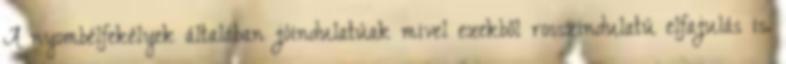
A nyombélfekélyek általában jóindulatúak mivel ezekből rosszindulatú elfajulás is.